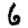
Digit: 6